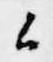
候